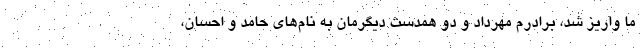
ما واریز شد، برادرم مهرداد و دو همدست دیگرمان به نام‌های حامد و احسان،